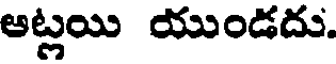
ఆట్లయి యుండదు.